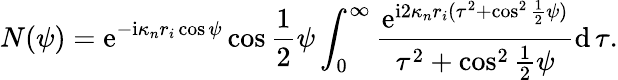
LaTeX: N(\psi)=\mathrm{e}^{-\mathrm{i}\kappa_{n}r_{i}\cos\psi}\cos\frac{1}{2}\psi\int_{0}^{\infty}\frac{\mathrm{e}^{\mathrm{i}2\kappa_{n}r_{i}(\tau^{2}+\cos^{2}\frac{1}{2}\psi)}}{\tau^{2}+\cos^{2}\frac{1}{2}\psi}\mathrm{d}\, \tau.